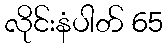
လိုင်းနံပါတ် 65